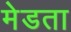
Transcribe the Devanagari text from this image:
मेडता